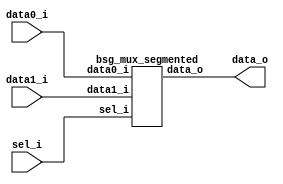


module top
(
  data0_i,
  data1_i,
  sel_i,
  data_o
);

  input [159:0] data0_i;
  input [159:0] data1_i;
  input [4:0] sel_i;
  output [159:0] data_o;

  bsg_mux_segmented
  wrapper
  (
    .data0_i(data0_i),
    .data1_i(data1_i),
    .sel_i(sel_i),
    .data_o(data_o)
  );


endmodule



module bsg_mux_segmented
(
  data0_i,
  data1_i,
  sel_i,
  data_o
);

  input [159:0] data0_i;
  input [159:0] data1_i;
  input [4:0] sel_i;
  output [159:0] data_o;
  wire [159:0] data_o;
  wire N0,N1,N2,N3,N4,N5,N6,N7,N8,N9;
  assign data_o[31:0] = (N0)? data1_i[31:0] : 
                        (N5)? data0_i[31:0] : 1'b0;
  assign N0 = sel_i[0];
  assign data_o[63:32] = (N1)? data1_i[63:32] : 
                         (N6)? data0_i[63:32] : 1'b0;
  assign N1 = sel_i[1];
  assign data_o[95:64] = (N2)? data1_i[95:64] : 
                         (N7)? data0_i[95:64] : 1'b0;
  assign N2 = sel_i[2];
  assign data_o[127:96] = (N3)? data1_i[127:96] : 
                          (N8)? data0_i[127:96] : 1'b0;
  assign N3 = sel_i[3];
  assign data_o[159:128] = (N4)? data1_i[159:128] : 
                           (N9)? data0_i[159:128] : 1'b0;
  assign N4 = sel_i[4];
  assign N5 = ~sel_i[0];
  assign N6 = ~sel_i[1];
  assign N7 = ~sel_i[2];
  assign N8 = ~sel_i[3];
  assign N9 = ~sel_i[4];

endmodule